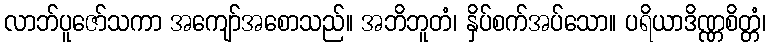
လာဘ်ပူဇော်သကာ အကျော်အစောသည်။ အဘိဘူတံ၊ နှိပ်စက်အပ်သော။ ပရိယာဒိဏ္ဏစိတ္တံ၊